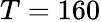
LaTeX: T=160